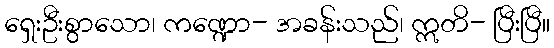
ရှေးဦးစွာသော၊ ကဏ္ဍော- အခန်းသည်၊ ဣတိ- ပြီးပြီ။